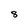
Character: 8